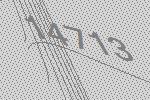
14713